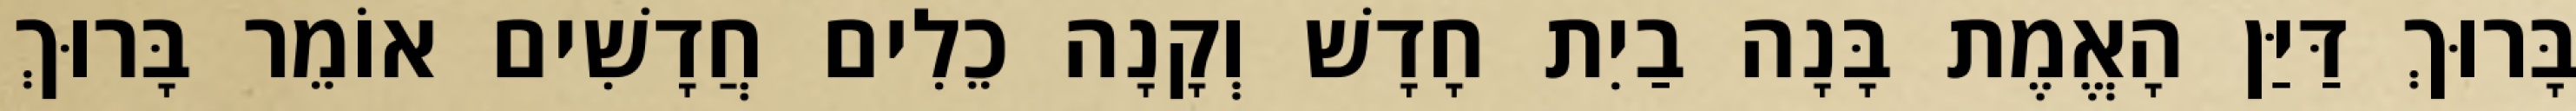
בָּרוּךְ דַּיַּן הָאֱמֶת בָּנָה בַיִת חָדָשׁ וְקָנָה כֵלִים חֲדָשִׁים אוֹמֵר בָּרוּךְ